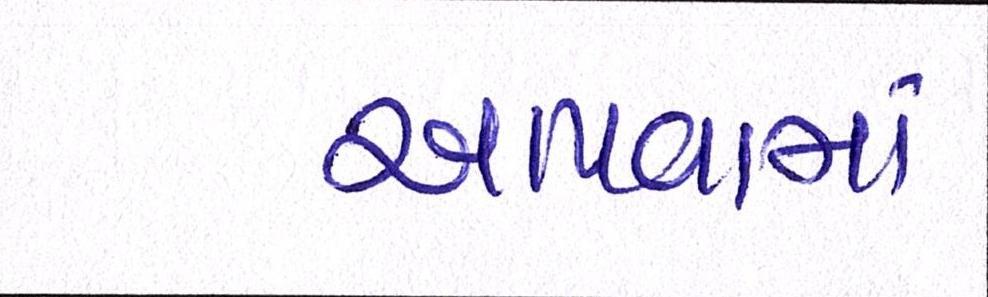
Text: આપવામા